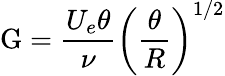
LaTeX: \mathrm{G}={\frac{U_{e}\theta}{\nu}}\left({\frac{\theta}{R}}\right)^{1/2}